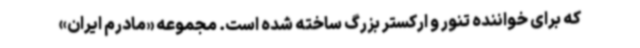
که برای خواننده تنور و ارکستر بزرگ ساخته شده است. مجموعه «مادرم ایران»